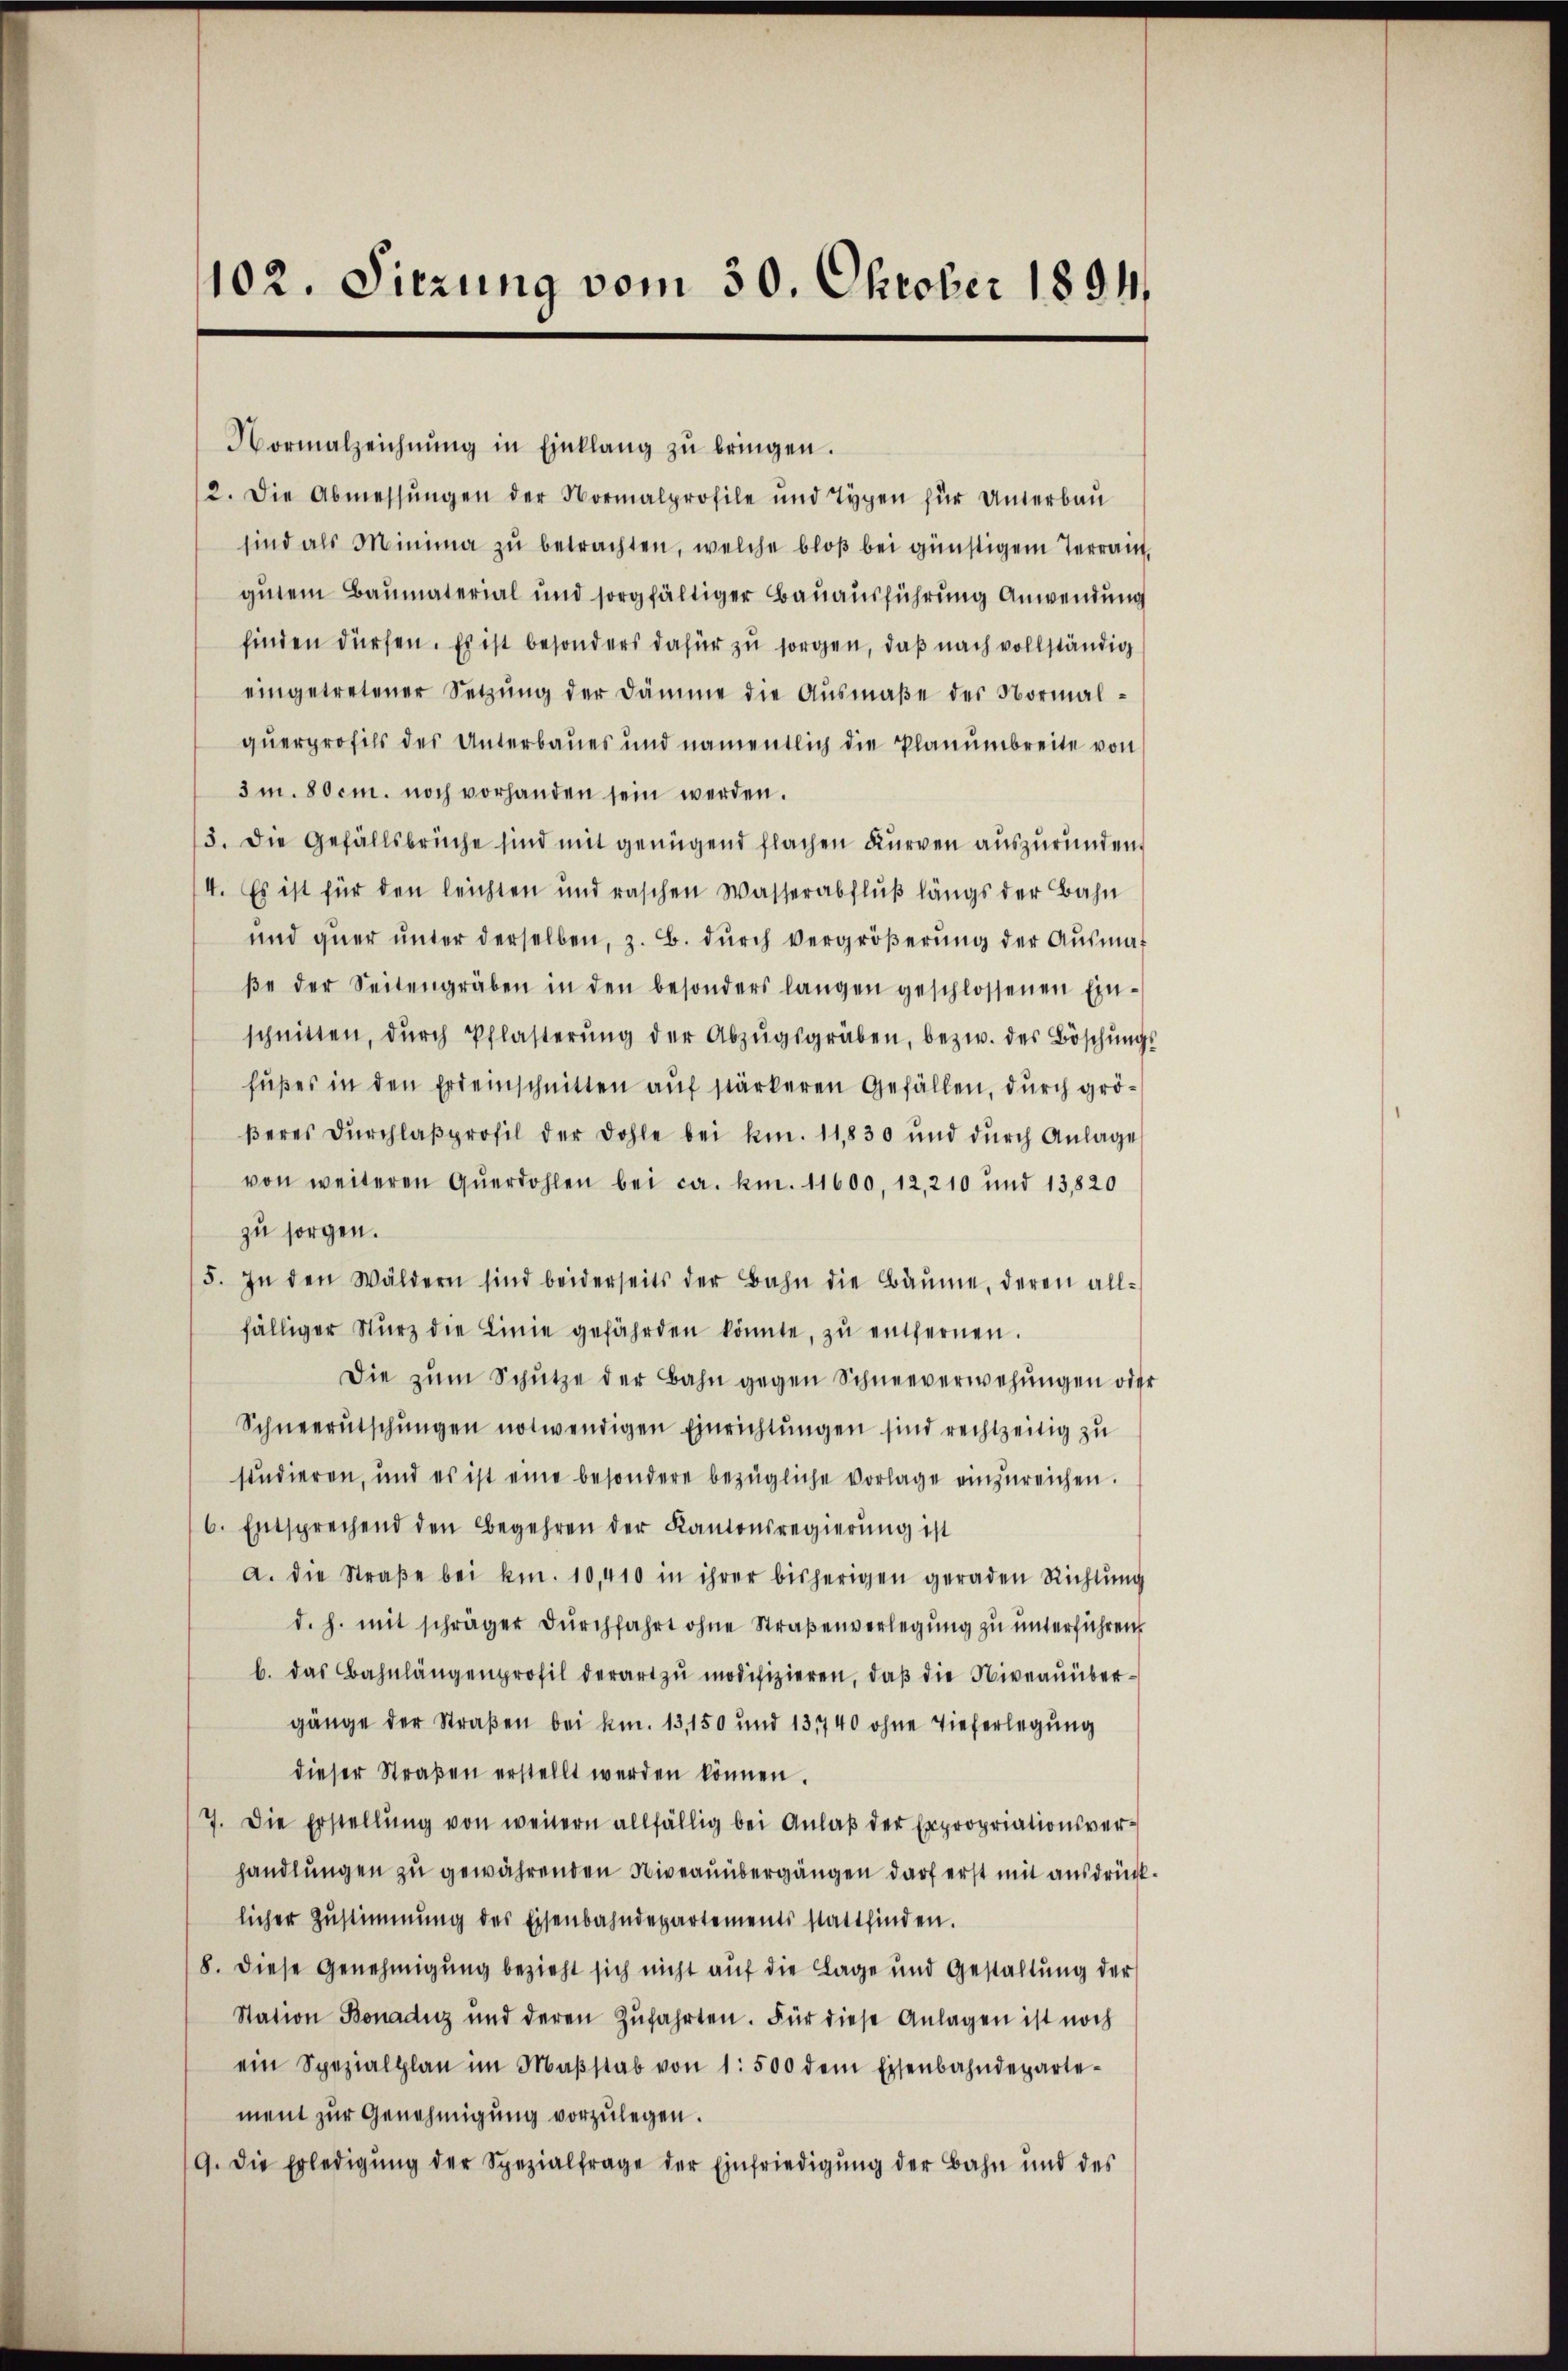
102. Sitzung vom 30. Oktober 1894

Normalzeichnŭng in Einklang zŭ bringen.
2. Die Abmessungen der Normalprofile und Typen für Unterbau
sind als Minima zu betrachten, welche bloß bei günstigem Terrain,
gutem Baumaterial und sorgfältiger Bauausführung Anwendung
finden dürfen. Es ist besonders dafür zu sorgen, daß nach vollständig
eingetretener Setzŭng der Dämme die Aŭsmaβe der Normalquerprofils des Unterbaues und namentlich die Planumbreite von
3m. 80 cm. noch vorhanden sein werden.
15. Die Gefällsbrüche sind mit genügend flachen Kurven auszuründen.
4. Es ist für den leichten und raschen Wasserabflŭβ längs der Bahn
und quer unter derselben, z. B. durch Vergrößerung der Ausmat
βe der Seitengräben in den besonders langen geschlossenen Ein-
schnitten, dŭrch Pflasterŭng der Abzŭgsgräben, bezw. des Böschŭngs-
fußes in den Erdeinschnitten auf stärkeren Gefällen, durch gröβeres dŭrchlaβ profil der Dohle bei kn. 11,830 und dŭrch Anlage
von weiteren Querdohlen bei ca. kn. 11600, 12, 210 und 13820
zu sorgen.
5. In den Wäldern sind beiderseits der Bahn die Bäŭme, deren all-
fälliger Sturz die Linie gefährden könnte, zŭ entfernen.
Die zŭm Schütze der Bahn gegen Schneeverwehŭngen oder
Schneerutschŭngen notwendigen Einrichtŭngen sind rechtzeitig zu
studieren, und es ist eine besondere bezügliche Vorlage einzureichen.
6. Entsprechend den Begehren der Kantonsregierung ist
a. die Straβe bei kn. 10,410 in ihrer bisherigen geraden Richtŭng
d. h. mit schräger dŭrchfahrt ohne Straβenverlegŭng zu unterführen,
b. das Bahnlängenprofil derart zŭ modifizieren, daβ die Niveaŭübergänge der Straßen bei km. 13,150 und 131740 ohne Tieferlegung
dieser Straßen erstellt werden können.
7. Die Erstellung von weitern allfällig bei Anlaß der Expropriationsverhandlungen zu gewährenden Niveaunbergängen darf erst mit ausdrücklicher Zustimmung des Eisenbahndepartements stattfinden.
8. diese Genehmigung bezieht sich nicht auf die Lage und Gestallŭng der
Station Bonaduz und deren Zŭfahrten. Für diese Anlagen ist noch
ein Spezialplan im Maβstab von 1. 500 dem Eisenbahndeparte-
ment zur Genehmigung vorzulegen.
9. Die Erledigŭng der Spezialfrage der Einfriedigung der Bahn und des